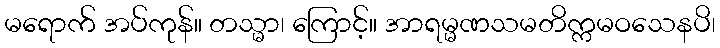
မရောက် အပ်ကုန်။ တသ္မာ၊ ကြောင့်။ အာရမ္မဏသမတိက္ကမဝသေနပိ၊